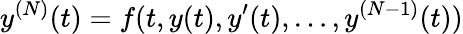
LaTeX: y^{(N)}(t)=f(t,y(t),y^{\prime}(t),\ldots,y^{(N-1)}(t))